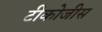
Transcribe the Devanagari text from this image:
टीकोजीस